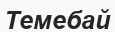
Темебай